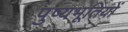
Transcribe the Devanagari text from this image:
पुष्यभूतियों